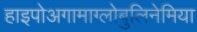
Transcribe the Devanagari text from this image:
हाइपोअगामाग्लोबुलिनेमिया